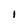
Character: 1